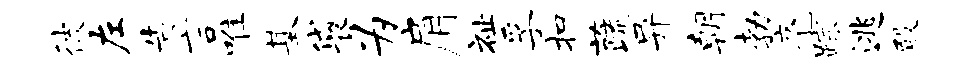
彼左告言唯基袋为肩祉孚扣蔬异朝勃亮踪逃殿